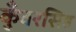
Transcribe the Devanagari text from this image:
कुँवरसिह